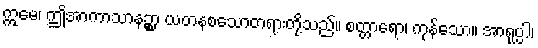
ဣမေ၊ ဤအာကာသာနဉ္စာ ယတနစသောတရားတို့သည်။ စတ္တာရော၊ ကုန်သော။ အာရုပ္ပါ၊